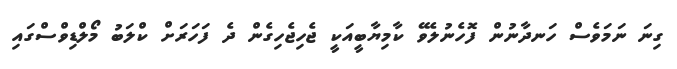
ގިނަ ނަމަވެސް ހަނދާނުން ފޮހެނުލެވޭ ކާމިޔާބީއަކީ ޖެހިޖެހިގެން ދެ ފަހަރަށް ކްލަބު މޯލްޑިވްސްގައި